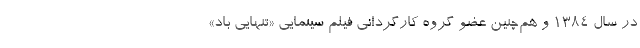
در سال 1384 و هم‌چنین عضو گروه كارگردانی فيلم سينمایی «تنهایی باد»